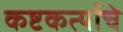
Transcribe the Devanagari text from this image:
कष्टकर्त्याचे